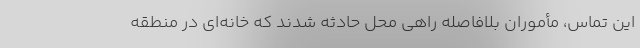
این تماس، مأموران بلافاصله راهی محل حادثه شدند که خانه‌ای در منطقه